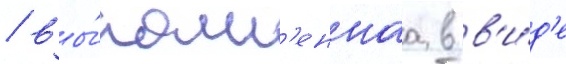
/ вы́полн'еннаа в в'и́д'е